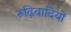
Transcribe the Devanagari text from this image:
रूढ़िवादियों